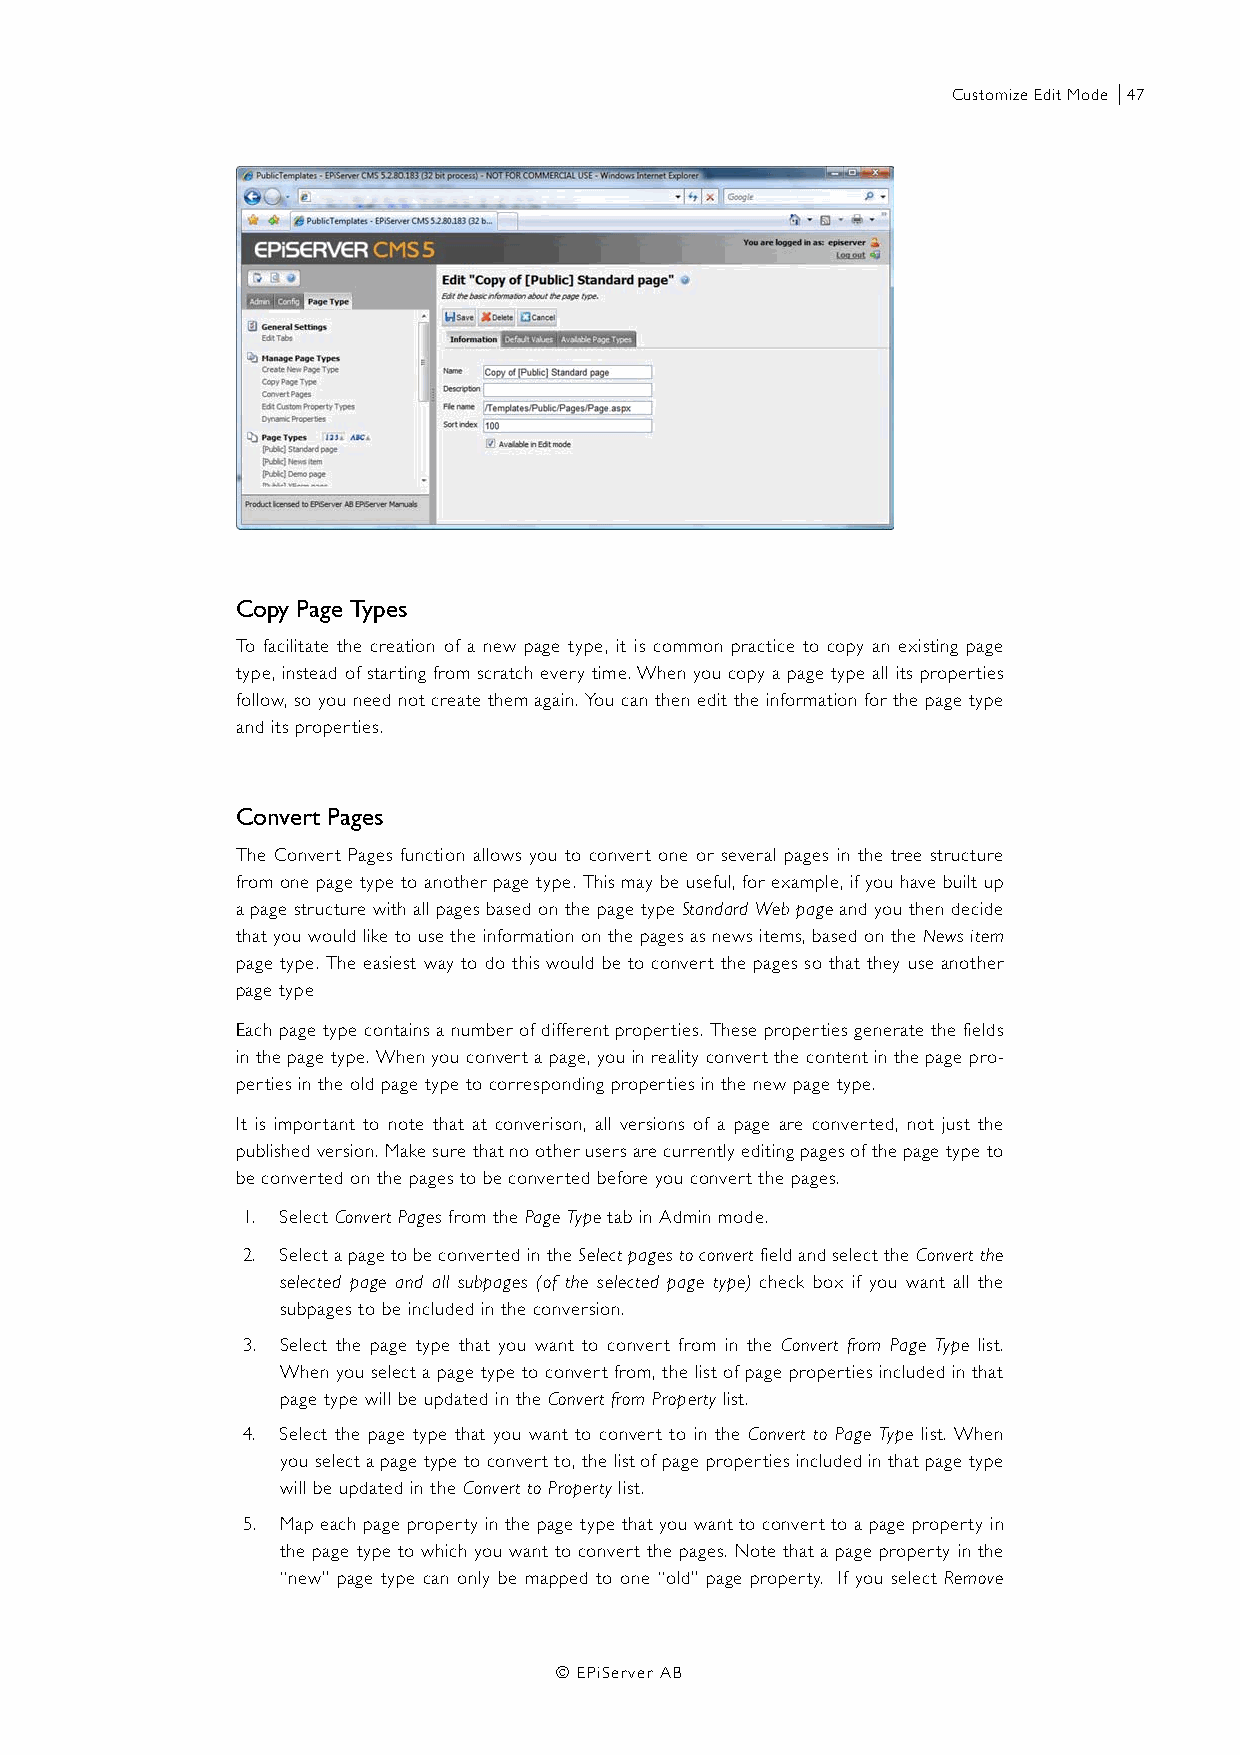
Customize Edit Mode |47
 Copy Page Types
 To facilitate the creation of a new page type, it is common practice to copy an existing page
 type, instead of starting from scratch every time. When you copy a page type all its properties
 follow, so you need not create them again. You can then edit the information for the page type
 and its properties.
 Convert Pages
 The Convert Pages function allows you to convert one or several pages in the tree structure
 from one page type to another page type. This may be useful, for example, if you have built up
 a page structure with all pages based on the page type Standard Web page and you then decide
 that you would like to use the information on the pages as news items, based on the News item
 page type. The easiest way to do this would be to convert the pages so that they use another
 page type
 Each page type contains a number of different properties. These properties generate the fields
 in the page type. When you convert a page, you in reality convert the content in the page pro-
 perties in the old page type to corresponding properties in the new page type.
 It is important to note that at converison, all versions of a page are converted, not just the
 published version. Make sure that no other users are currently editing pages of the page type to
 be converted on the pages to be converted before you convert the pages.
 1. Select Convert Pages from the Page Type tab in Admin mode.
 2. Select a page to be converted in the Select pages to convert field and select the Convert the
 selected page and all subpages (of the selected page type) check box if you want all the
 subpages to be included in the conversion.
 3. Select the page type that you want to convert from in the Convert from Page Type list.
 When you select a page type to convert from, the list of page properties included in that
 page type will be updated in the Convert from Property list.
 4. Select the page type that you want to convert to in the Convert to Page Type list. When
 you select a page type to convert to, the list of page properties included in that page type
 will be updated in the Convert to Property list.
 5. Map each page property in the page type that you want to convert to a page property in
 the page type to which you want to convert the pages. Note that a page property in the
 “new” page type can only be mapped to one “old” page property. If you select Remove
 © EPiServer AB